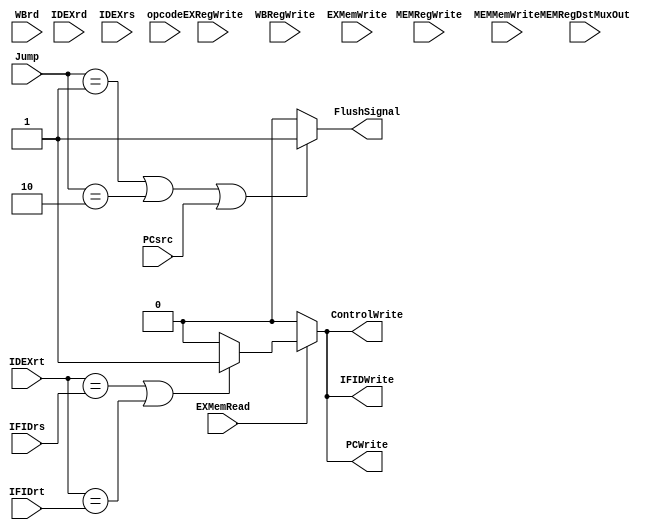
`timescale 1ns / 1ps
//////////////////////////////////////////////////////////////////////////////////
// Company: 
// Engineer: 
// 
// Design Name: 
// Module Name: HazardDetection
// Project Name: 
// Target Devices: 
// Tool Versions: 
// Description: 
// 
// Dependencies: 
// 
// Revision:
// Revision 0.01 - File Created
// Additional Comments:
// 
//////////////////////////////////////////////////////////////////////////////////


module HazardDetection(PCWrite, IFIDWrite, ControlWrite, IFIDrs, IFIDrt, IDEXrt,
    IDEXrd, EXMemRead, EXRegWrite, MEMRegDstMuxOut, MEMRegWrite, IDEXrs, 
    WBrd, WBRegWrite,EXMemWrite,MEMMemWrite,opcode, FlushSignal, PCsrc, Jump);
    
    output reg FlushSignal;
    input [1:0] Jump;
    input PCsrc;
    input [4:0] IFIDrs, IFIDrt, IDEXrt, IDEXrd, MEMRegDstMuxOut, IDEXrs, WBrd;
    input EXMemRead, EXRegWrite, MEMRegWrite, WBRegWrite,EXMemWrite,MEMMemWrite;
    input [5:0] opcode;

    output reg PCWrite, IFIDWrite, ControlWrite; 
    
    initial  begin 
    
    PCWrite <= 0;
    IFIDWrite <= 0;
    ControlWrite <= 0;
    
    end

    always @* begin 
    
    PCWrite <= 0;
    IFIDWrite <= 0;
    ControlWrite <= 0; 
    FlushSignal <= 0;
    
    if ((Jump == 1)|| (Jump == 2) || (PCsrc == 1)) begin
    
        FlushSignal <= 1;
        
    end

    if ((EXMemRead == 1)) begin //Checks if we are doing a LW
        if ((IDEXrt == IFIDrs) || (IDEXrt == IFIDrt)) begin //Checks if there are dependency       
            PCWrite <= 1;
            IFIDWrite <= 1;
            ControlWrite <= 1;
        end
    end
   
    end
    
endmodule